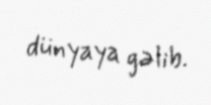
dünyaya gəlib.